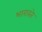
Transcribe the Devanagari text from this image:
भारावते